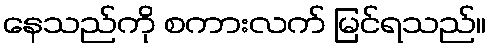
နေသည်ကို စကားလက် မြင်ရသည်။